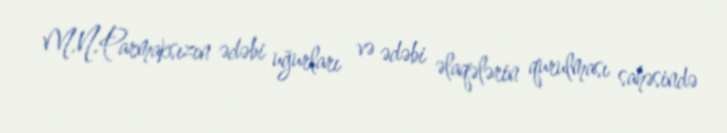
M.N.Parmaksızın ədəbi uğurları və ədəbi əlaqələrin qurulması sahəsində